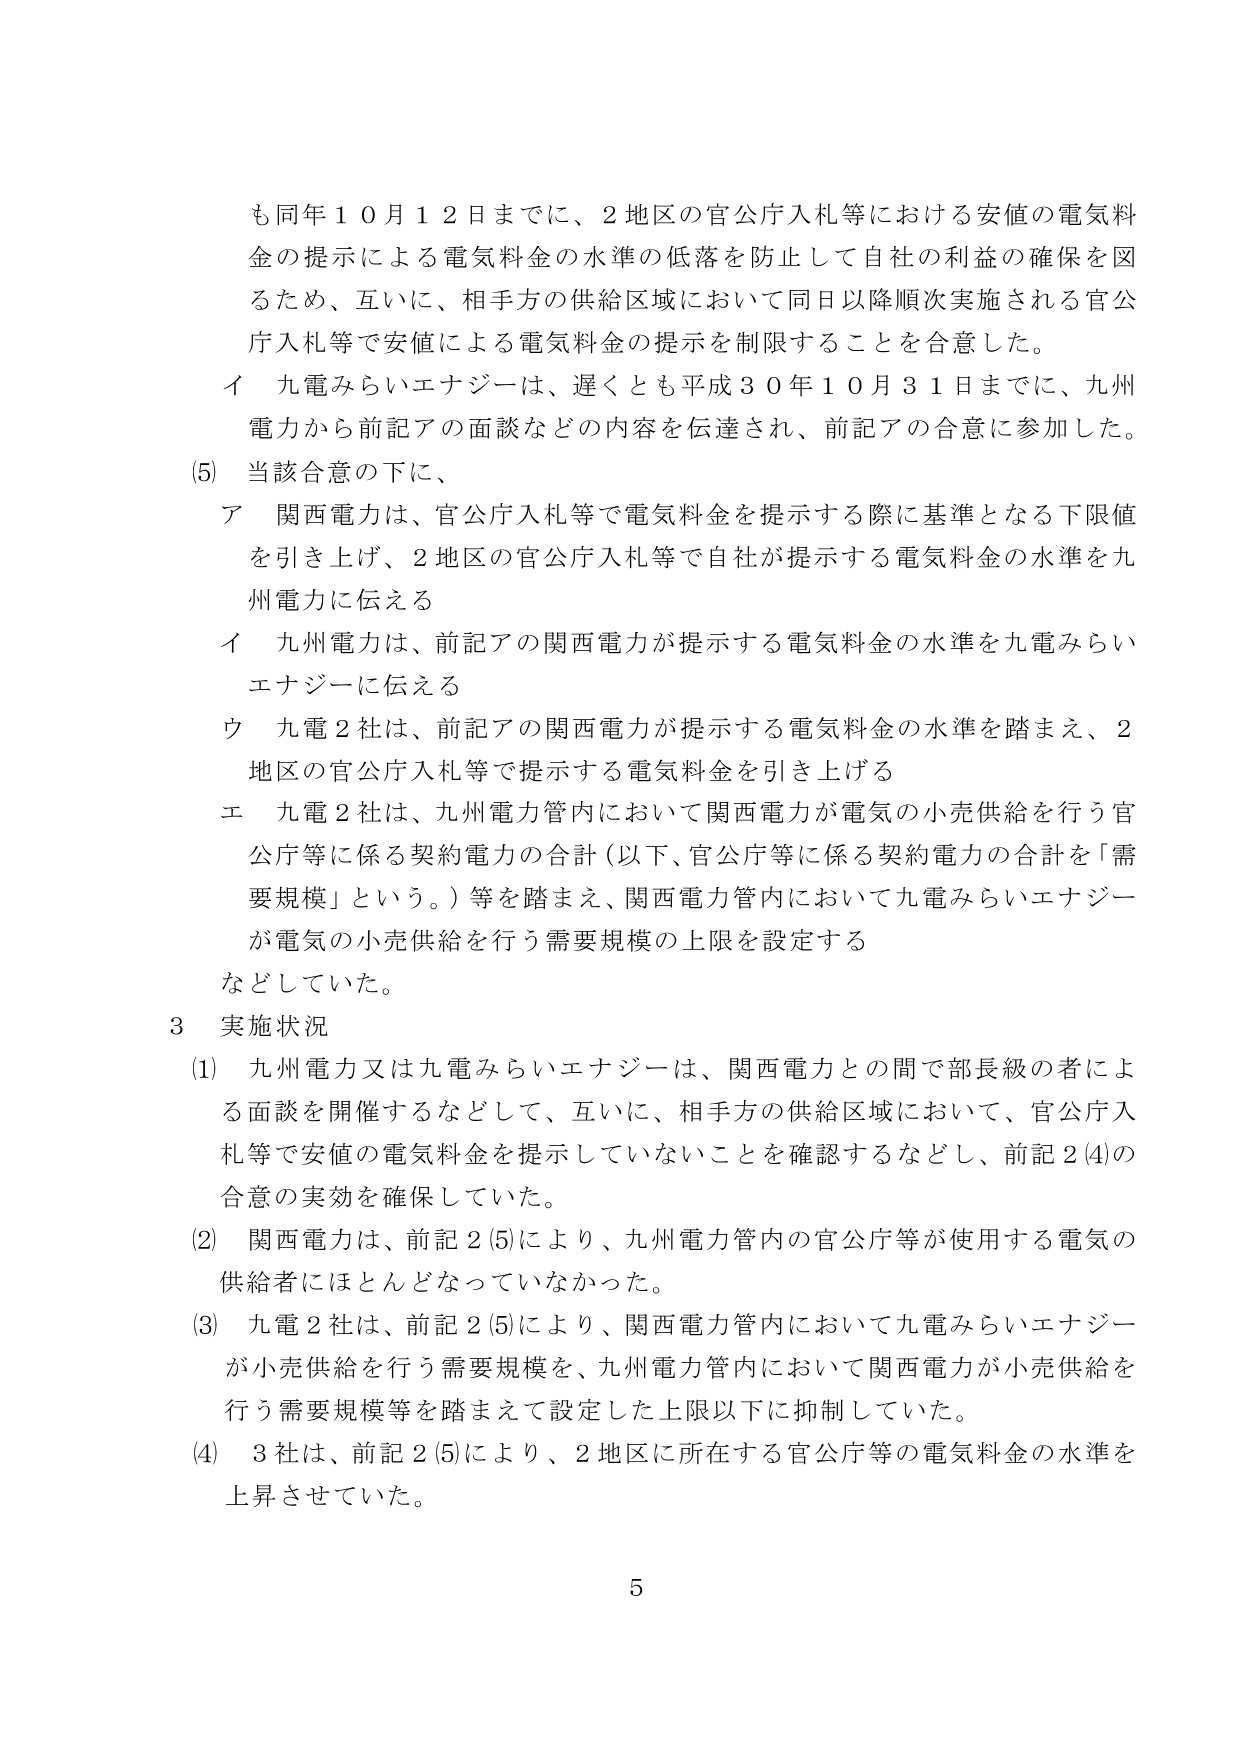
も同年１０月１２日までに、２地区の官公庁入札等における安値の電気料金の提示による電気料金の水準の低落を防止して自社の利益の確保を図るため、互いに、相手方の供給区域において同日以降順次実施される官公庁入札等で安値による電気料金の提示を制限することを合意した。

イ 九電みらいエナジーは、遅くとも平成３０年１０月３１日までに、九州電力から前記アの面談などの内容を伝達され、前記アの合意に参加した。

(5) 当該合意の下に、

ア 関西電力は、官公庁入札等で電気料金を提示する際に基準となる下限値を引き上げ、２地区の官公庁入札等で自社が提示する電気料金の水準を九州電力に伝える

イ 九州電力は、前記アの関西電力が提示する電気料金の水準を九電みらいエナジーに伝える

ウ 九電２社は、前記アの関西電力が提示する電気料金の水準を踏まえ、２地区の官公庁入札等で提示する電気料金を引き上げる

エ 九電２社は、九州電力管内において関西電力が電気の小売供給を行う官公庁等に係る契約電力の合計（以下、官公庁等に係る契約電力の合計を「需要規模」という。）等を踏まえ、関西電力管内において九電みらいエナジーが電気の小売供給を行う需要規模の上限を設定する

などしていた。

３ 実施状況

(1) 九州電力又は九電みらいエナジーは、関西電力との間で部長級の者による面談を開催するなどして、互いに、相手方の供給区域において、官公庁入札等で安値の電気料金を提示していないことを確認するなどし、前記２(4)の合意の実効を確保していた。

(2) 関西電力は、前記２(5)により、九州電力管内の官公庁等が使用する電気の供給者にほとんどなっていなかった。

(3) 九電２社は、前記２(5)により、関西電力管内において九電みらいエナジーが小売供給を行う需要規模を、九州電力管内において関西電力が小売供給を行う需要規模等を踏まえて設定した上限以下に抑制していた。

(4) ３社は、前記２(5)により、２地区に所在する官公庁等の電気料金の水準を上昇させていた。

5